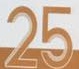
25